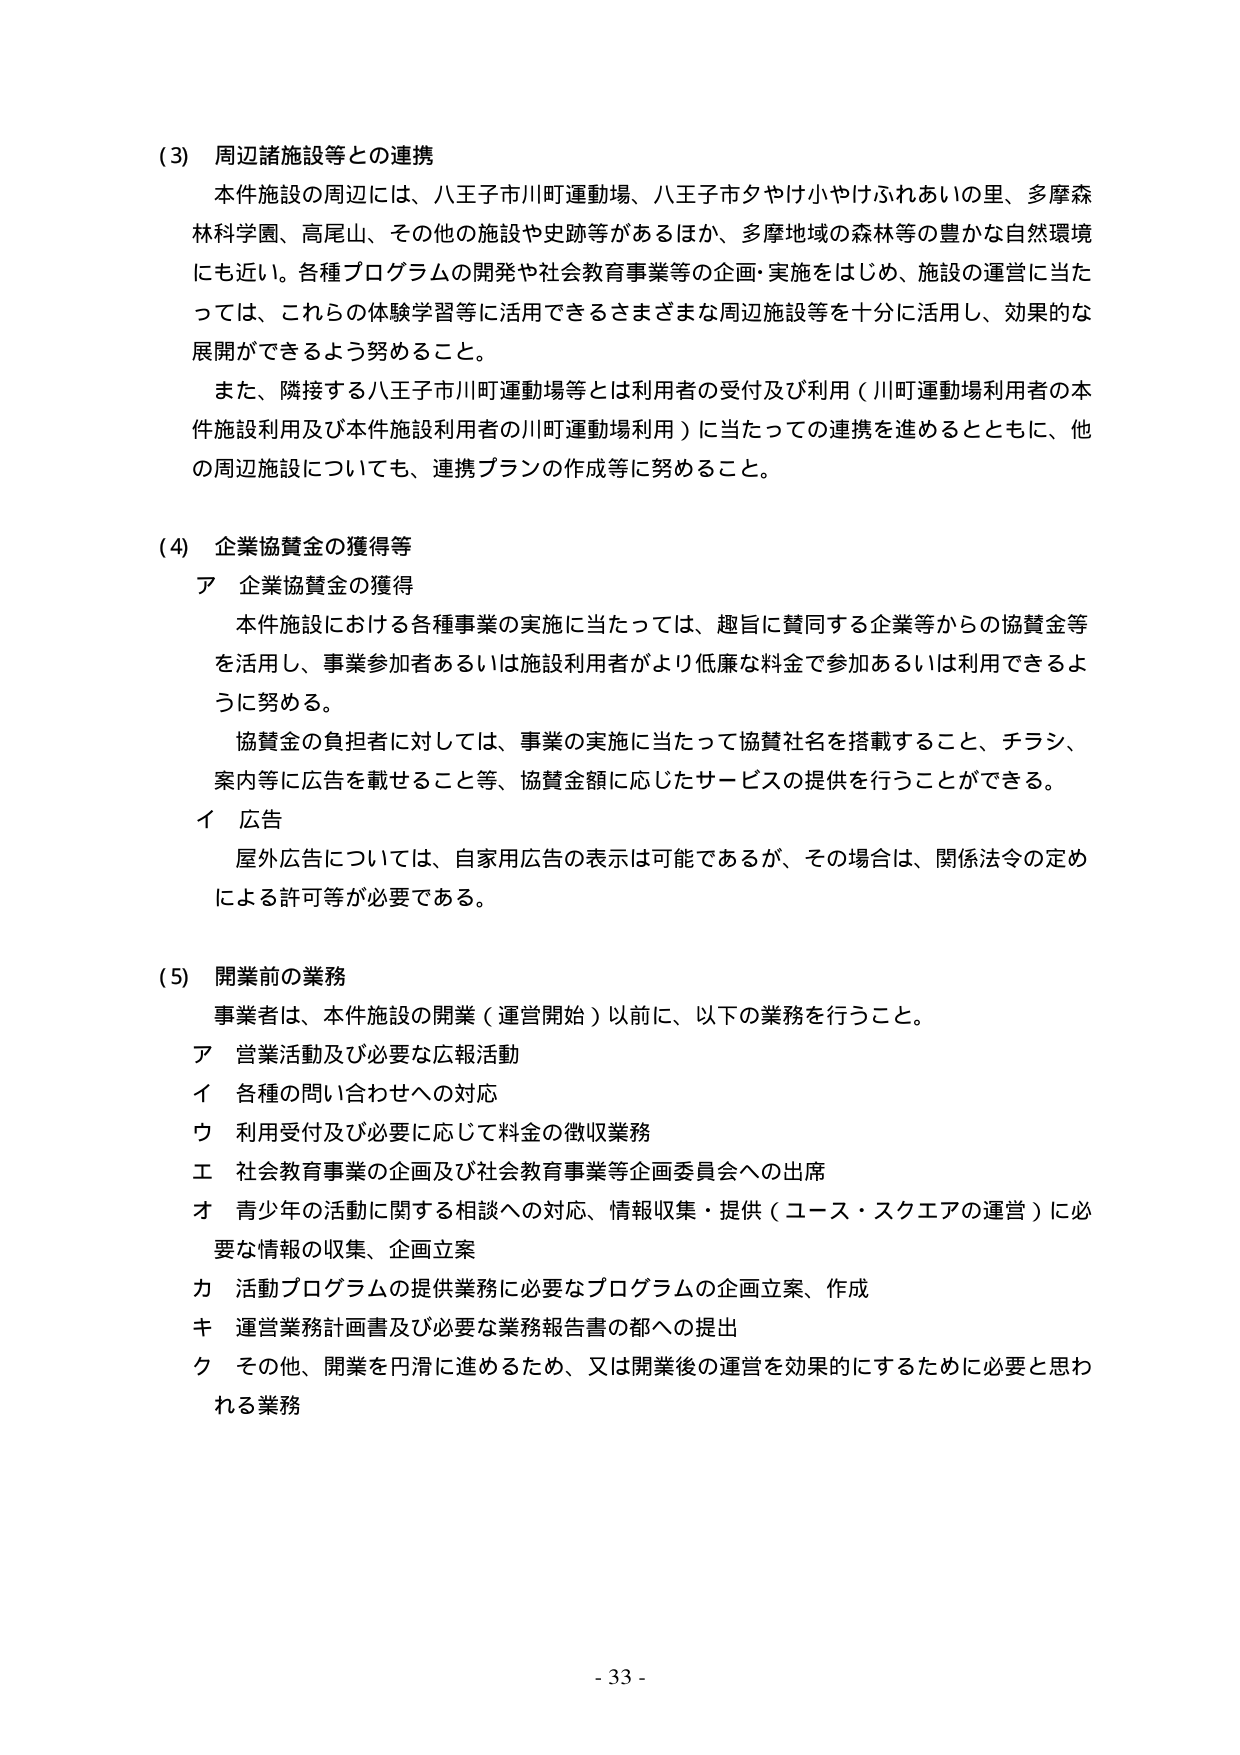
(3) 周辺諸施設等との連携
本件施設の周辺には、八王子市川町運動場、八王子市タヤけ小やけふれあいの里、多摩森林科学園、高尾山、その他の施設や史跡等があるほか、多摩地域の森林等の豊かな自然環境に近い。各種プログラムの開発や社会教育事業等の企画・実施をはじめ、施設の運営に当たっては、これらの体験学習等に活用できるさまざまな周辺施設等を十分に活用し、効果的な展開ができるよう努めること。
また、隣接する八王子市川町運動場等とは利用者の受付及び利用（川町運動場利用者の本件施設利用及び本件施設利用者の川町運動場利用）に当たっての連携を進めるとともに、他の周辺施設についても、連携プランの作成等に努めること。

(4) 企業協賛金の獲得等
ア 企業協賛金の獲得
本件施設における各種事業の実施に当たっては、趣旨に賛同する企業等からの協賛金等を活用し、事業参加者あるいは施設利用者がより低廉な料金で参加あるいは利用できるように努める。
協賛金の負担者に対しては、事業の実施に当たって協賛社名を搭載すること、チラシ、案内等に広告を載せること等、協賛金額に応じたサービスの提供を行うことができる。
イ 広告
屋外広告については、自家用広告の表示は可能であるが、その場合は、関係法令の定めによる許可等が必要である。

(5) 開業前の業務
事業者は、本件施設の開業（運営開始）以前に、以下の業務を行うこと。
ア 営業活動及び必要な広報活動
イ 各種の問い合わせへの対応
ウ 利用受付及び必要に応じて料金の徴収業務
エ 社会教育事業の企画及び社会教育事業等企画委員会への出席
オ 青少年の活動に関する相談への対応、情報収集・提供（ユース・スクエアの運営）に必要な情報の収集、企画立案
カ 活動プログラムの提供業務に必要なプログラムの企画立案、作成
キ 運営業務計画書及び必要な業務報告書の都への提出
ク その他、開業を円滑に進めるため、又は開業後の運営を効果的にするために必要と思われる業務

- 33 -